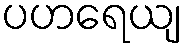
ပဟရေယျ